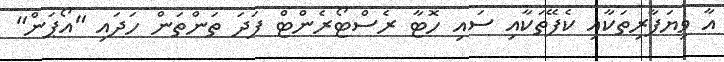
އާ ވިޔަފާރިތަކާއި ކެފޭތަކާއި ސައި ހޮޓާ ރެސްޓޯރެންޓް ފަދަ ތަންތަން ހަދައި "އޯޕަން"